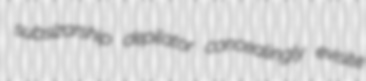
subsizarship depilator concealingly evisite